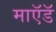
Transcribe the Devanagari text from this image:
माऍडॅ